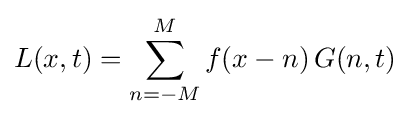
L(x,t)=\sum _{n=-M}^{M}f(x-n)\,G(n,t)